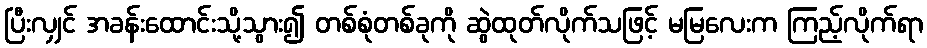
ပြီးလျှင် အခန်းထောင်းသို့သွား၍ တစ်စုံတစ်ခုကို ဆွဲထုတ်လိုက်သဖြင့် မမြလေးက ကြည့်လိုက်ရာ